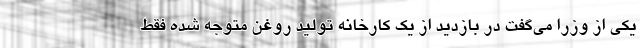
یکی از وزرا می‌گفت در بازدید از یک کارخانه تولید روغن متوجه شده فقط